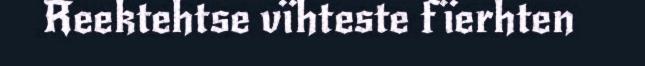
Reektehtse vïhteste fïerhten